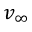
v _ { \infty }